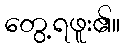
တွေ့ရဖူး၏။